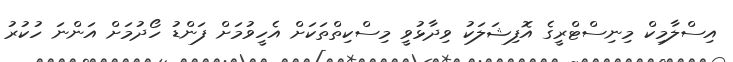
އިސްލާމިކް މިނިސްޓްރީގެ އޮފިޝަލަކު ވިދާޅުވީ މިސްކިތްތަކަށް އެހީވުމަށް ފަންޑު ހޯދުމަށް އަންނަ ހުކުރު